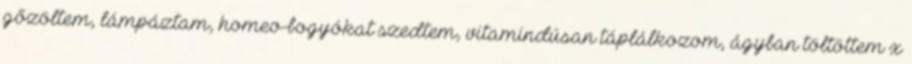
gőzöltem, lámpáztam, homeo-bogyókat szedtem, vitamindúsan táplálkozom, ágyban töltöttem x